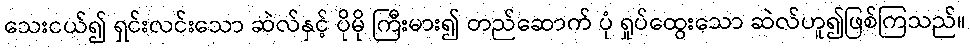
သေးငယ်၍ ရှင်းလင်းသော ဆဲလ်နှင့် ပိုမို ကြီးမား၍ တည်ဆောက် ပုံ ရှုပ်ထွေးသော ဆဲလ်ဟူ၍ဖြစ်ကြသည်။